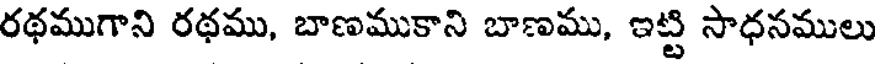
రథముగాని రథము, బాణముకాని బాణము, ఇట్టి సాధనములు